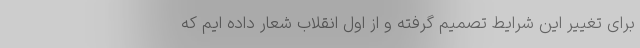
برای تغییر این شرایط تصمیم گرفته و از اول انقلاب شعار داده ایم که